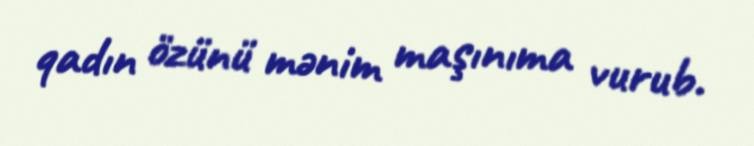
qadın özünü mənim maşınıma vurub.